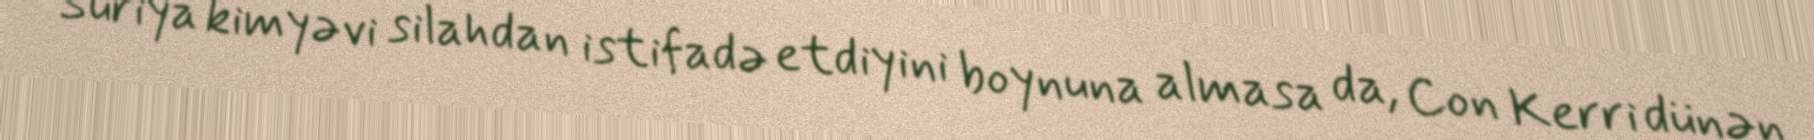
Suriya kimyəvi silahdan istifadə etdiyini boynuna almasa da, Con Kerri dünən